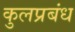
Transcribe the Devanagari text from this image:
कुलप्रबंध